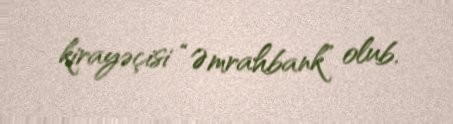
kirayəçisi “Əmrahbank” olub.